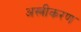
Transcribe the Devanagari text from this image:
अस्त्रीकरण